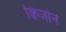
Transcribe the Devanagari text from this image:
क्विजोन